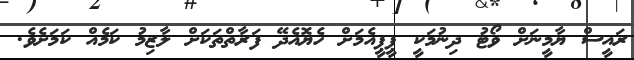
ރައީސް ޔާމީނަށް ވޯޓު ދިނުމަކީ ޕީޕީއެމަށް ހެޔޮއެދޭ ފަރާތްތަކަށް ލާޒިމު ކަމެއް ކަމަށެވެ.